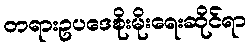
တရားဥပဒေစိုးမိုးရေးဆိုင်ရာ